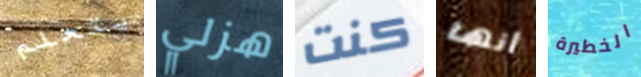
يتعلم هزلي كنت أنها الخطيرة